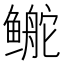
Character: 鿸